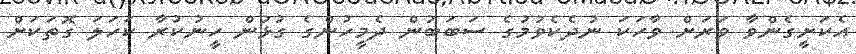
އެކަށީގެންވާ ވަރަށް ވާހަކަ ނުދެކެވުމުގެ ސަބަބުން ދެމީހުންގެ ގުޅުން ހީނުކުރާ ކަހަލަ ގޮތަކަށް